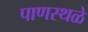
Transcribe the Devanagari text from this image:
पाणस्थळे